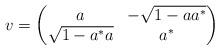
LaTeX: \begin{align*}v=\begin{pmatrix}a & -\sqrt{1-aa^{*}}\\\sqrt{1-a^{*}a} & a^{*}\end{pmatrix}\end{align*}